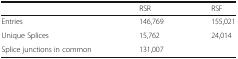
<table><thead><tr><td></td><td><b>RSR</b></td><td><b>RSF</b></td></tr></thead><tbody><tr><td>Entries</td><td>146,769</td><td>155,021</td></tr><tr><td>Unique Splices</td><td>15,762</td><td>24,014</td></tr><tr><td>Splice junctions in common</td><td colspan="2">131,007</td></tr></tbody></table>